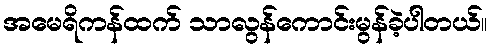
အမေရိကန်ထက် သာလွန်ကောင်းမွန်ခဲ့ပါတယ်။